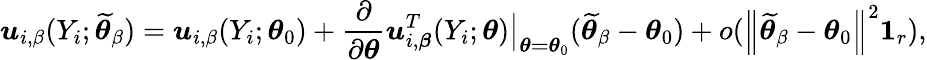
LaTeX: \boldsymbol{u}_{i,\beta}(Y_{i};\widetilde{\boldsymbol{\theta}}_{\beta})=\boldsymbol{u}_{i,\beta}(Y_{i};\boldsymbol{\theta}_{0})+\frac{\partial}{\partial\boldsymbol{\theta}}\left.\boldsymbol{u}_{i,\boldsymbol{\beta}}^{T}(Y_{i};\boldsymbol{\theta})\right\vert_{\boldsymbol{\theta=\theta}_{0}}(\widetilde{\boldsymbol{\theta}}_{\beta}-\boldsymbol{\theta}_{0})+o(\left\Vert\widetilde{\boldsymbol{\theta}}_{\beta}-\boldsymbol{\theta}_{0}\right\Vert^{2}\boldsymbol{1}_{r}),